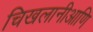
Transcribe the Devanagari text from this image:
चिखलानीआणि